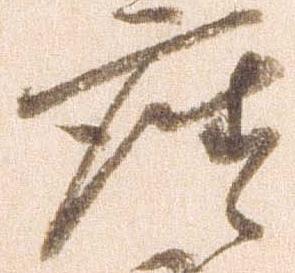
座